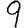
Digit: 9